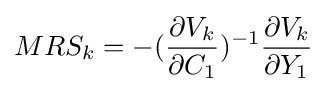
MRS_{k}=-({\frac {\partial V_{k}}{\partial C_{1}}})^{-1}{\frac {\partial V_{k}}{\partial Y_{1}}}